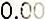
0.00